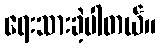
ရေးသားခဲ့ပါတယ်။